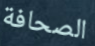
الصحافة